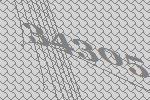
34305